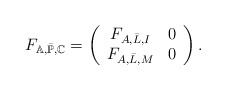
\begin{align*} F_{\mathbb{A},\bar{\mathbb{P}},\mathbb{C}}=\left( \begin{array}{cc} F_{A,\bar{L},I} & 0 \\ F_{A,\bar{L},M} & 0 \\ \end{array} \right).\end{align*}